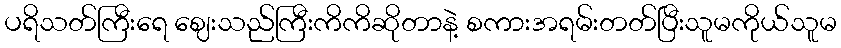
ပရိသတ်ကြီးရေ ဈေးသည်ကြီးကိကိဆိုတာနဲ့ စကားအရမ်းတတ်ပြီးသူမကိုယ်သူမ